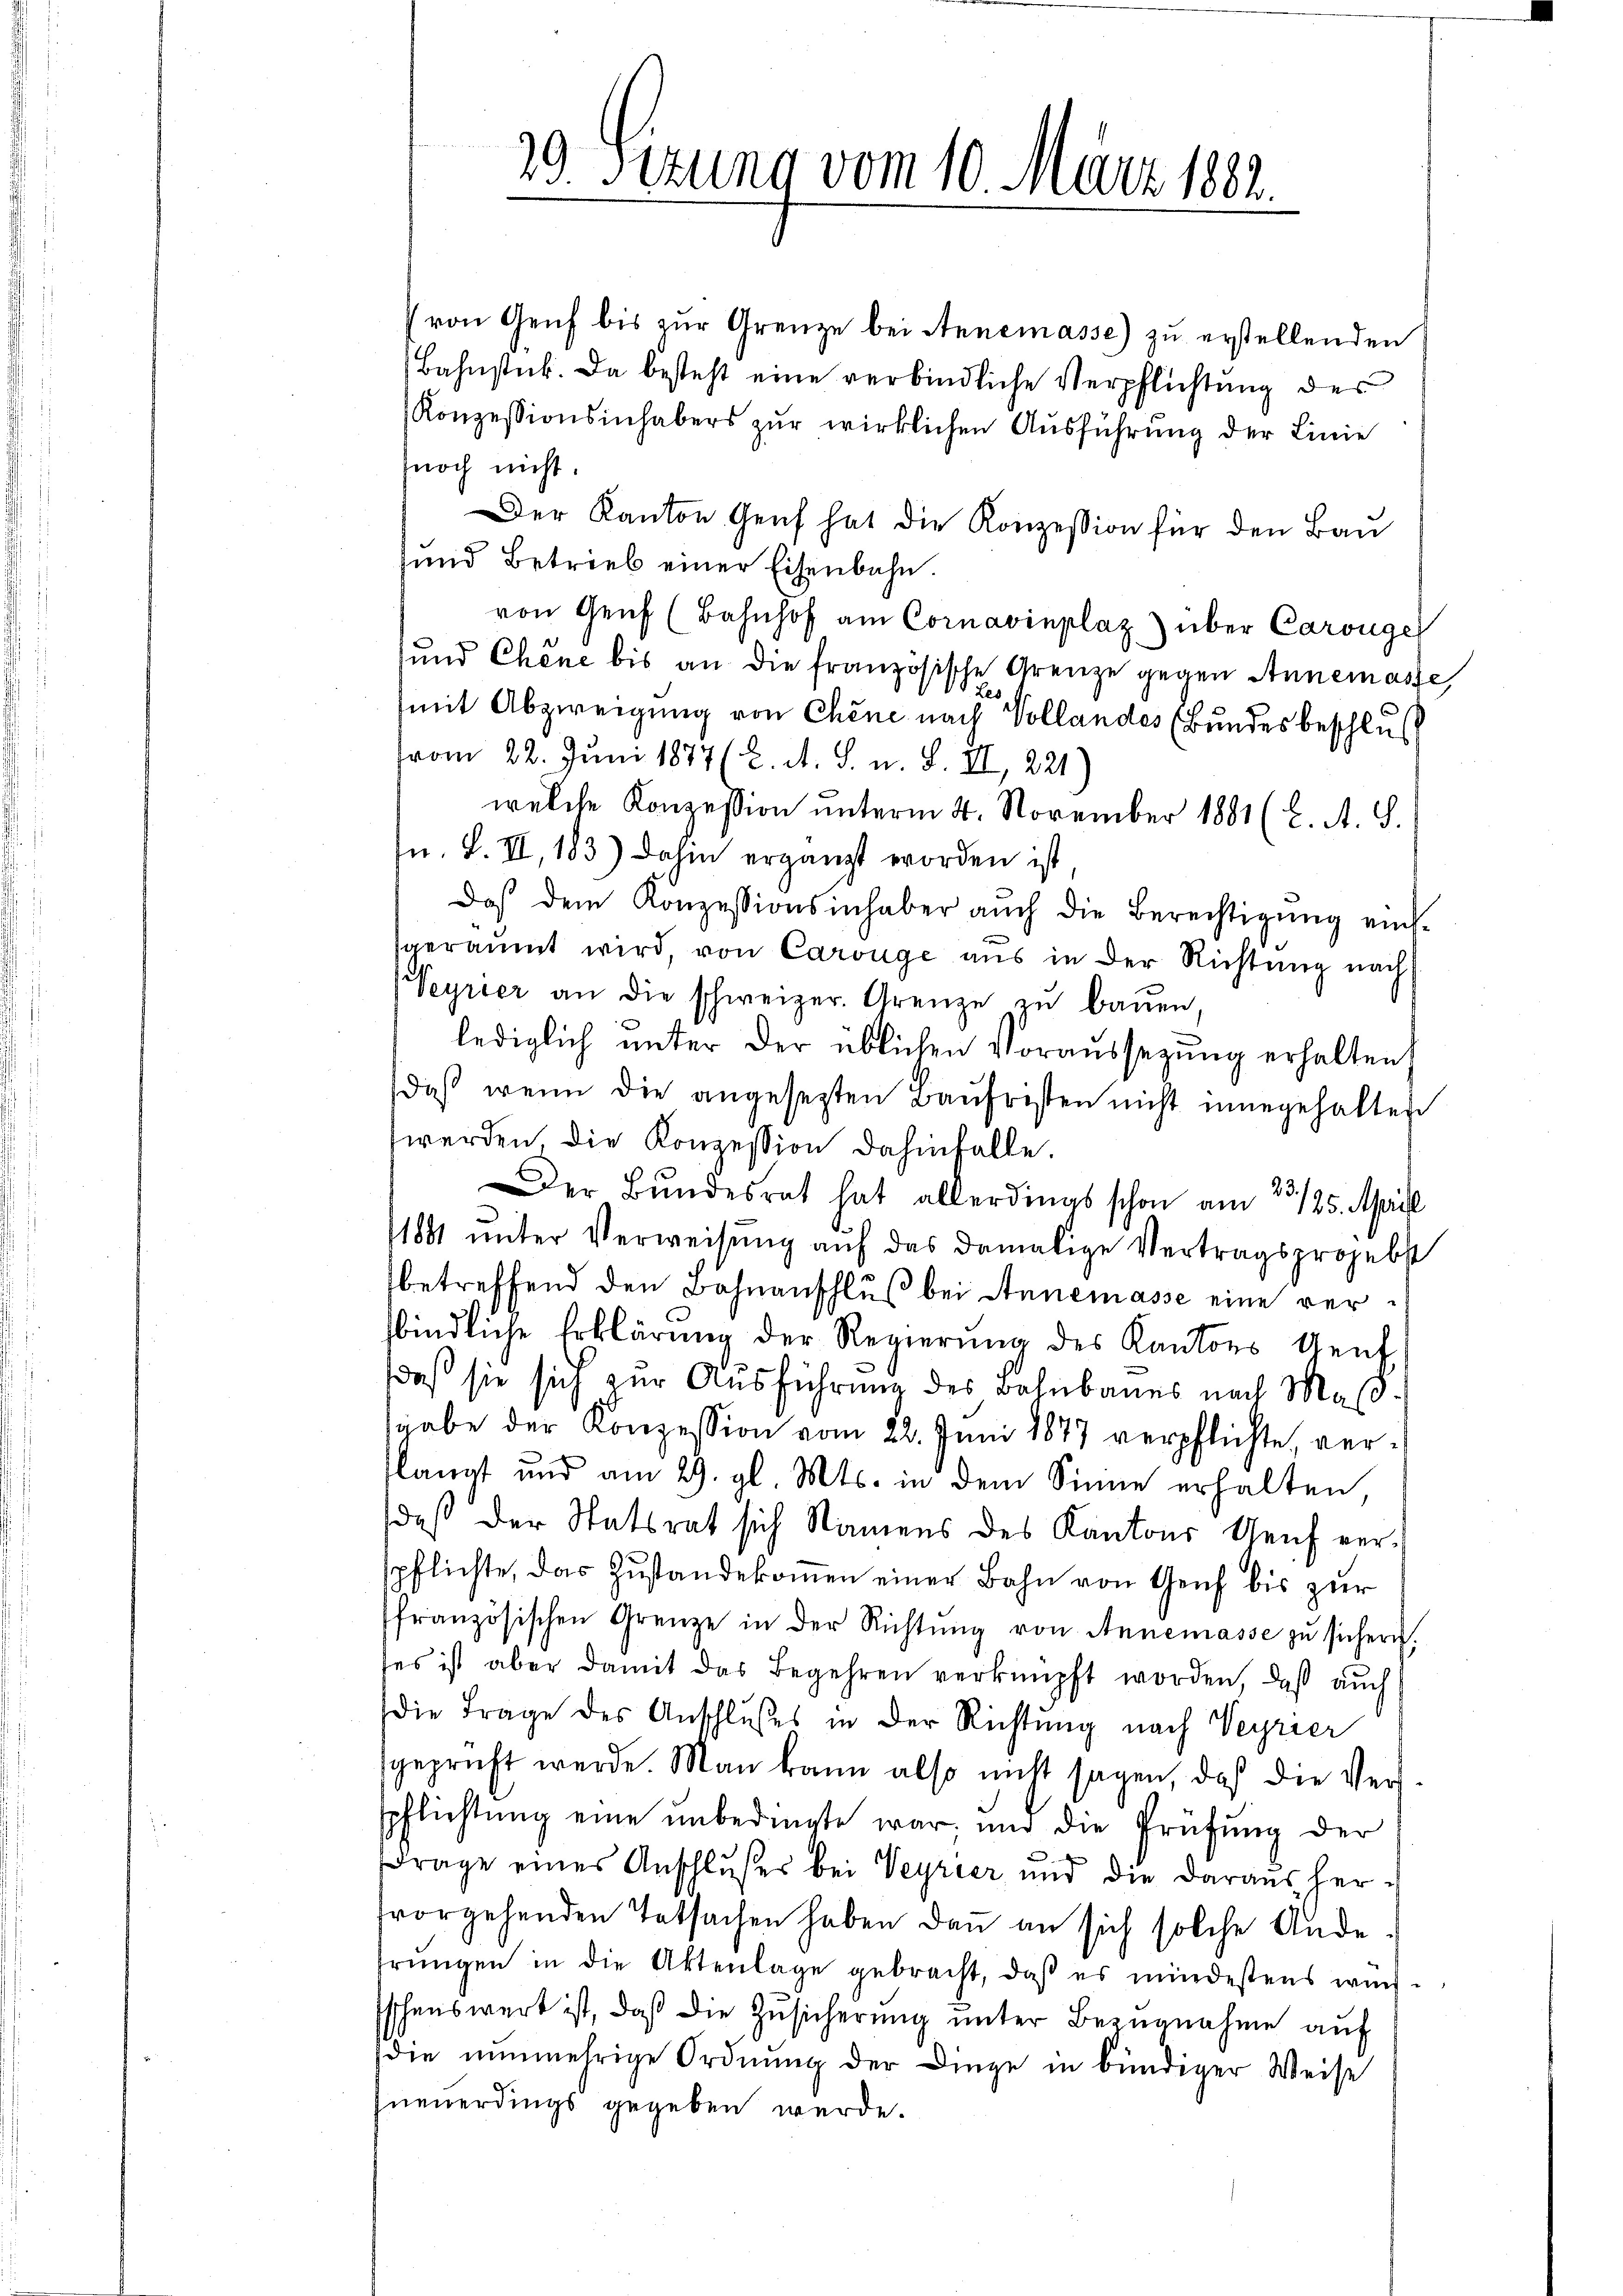
von Genf bis zŭr Grenze bei Annemasse) zu erstellenden
Bahnstück. Da besteht eine verbindliche Verpflichtung des
Konzessionsinhabers zur wirklichen Ausführung der Linie
noch nicht.
Der Kanton Genf hat die Konzession für den Bau
und Betrieb einer Eisenbahn.
von Genf (Bahnhof am Cornavinplaz) über Carouge
und Chene bis an die französische Grenze gegen Annemasse
Les
mit Abzweigung von Chene nach Vollandes (Bundes beschluß
vom 22. Juni 1877 (2. A. S. u. S. II, 221
welche Konzession unterm 4. November 1881 (2. A. S.
n. F. VII, 183) dahin ergänzt worden ist
Daß dem Konzessionsinhaber aŭch die Berechtigŭng eins-
speramt wird von Carouge aus in der Richtung nach
Veyrier an die schweizer. Grenze zŭ bauen,
lediglich unter der üblichen Voraussezung erhalten.
daß wenn die angesetzten Baufristen nicht innegehalten
werden, die Konzession dahinfalle.
Der Bundesrat hat allerdings schon am 23./25. April
1881 ŭnter Verweisŭng aŭf das damalige Vertragsprojebst
betreffend den Bahnanschluß bei Annemasse eine verbindliche Erklärung der Regierung des Kantons Aeuf
daß sie sich zur Ausführung des Bahnbaues nach Maßsgabe der Konzession vom 22. Juni 1877 verpflichte vertlangt und am 29. gl. Mts. in dem Sinne erhalten
daß der Statsrat sich Namens des Kantons Genf verspflichte, das Zustandekoṁen einer Bahn von Genf bis zur
französischen Grenze in der Richtŭng von Annemasse zŭ sichern,
ses ist aber damit das Begehren verknüpft worden, daß auch
die Frage des Anschlußes in der Richtung nach Veyrier
geprüft werde. Man kann also nicht sagen, daß die Verspflichtŭng eine unbedingte war, und die Prüfŭng der
Frage eines Anschlußes bei Veyrier und die daraus her-
fvorgehenden Tatsachen haben dann an sich solche Andefrŭngen in die Aktenlage gebracht, daβ es mindestens würd
Eschenswert ist, daβ die Zŭsicherŭng ŭnter Bezŭgnahme aŭf
die nŭnmehrige Ordnŭng der Dinge in bündiger Weise
neuerdings gegeben werde.

29 Sizung vom 10. März 1882.